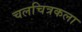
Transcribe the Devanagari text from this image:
चलचित्रकला